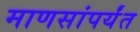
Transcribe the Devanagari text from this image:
माणसांपर्यंत